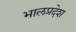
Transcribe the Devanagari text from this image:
भालप्रदेश